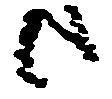
候